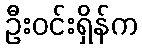
ဦးဝင်းရှိန်က